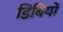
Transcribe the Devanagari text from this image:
डिबियों